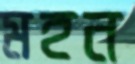
মহন